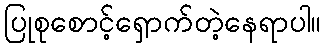
ပြုစုစောင့်ရှောက်တဲ့နေရာပါ။